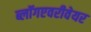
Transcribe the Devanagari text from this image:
ब्लॉगएवरीवेयर